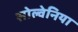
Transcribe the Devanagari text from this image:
सोल्वेनिया